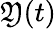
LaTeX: \mathfrak{Y}(t)